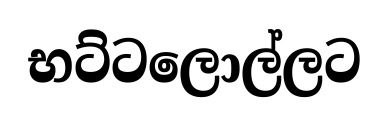
භට්ටලොල්ලට